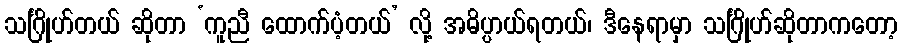
သင်္ဂြိုဟ်တယ် ဆိုတာ ‘ကူညီ ထောက်ပံ့တယ်’ လို့ အဓိပ္ပာယ်ရတယ်၊ ဒီနေရာမှာ သင်္ဂြိုဟ်ဆိုတာကတော့